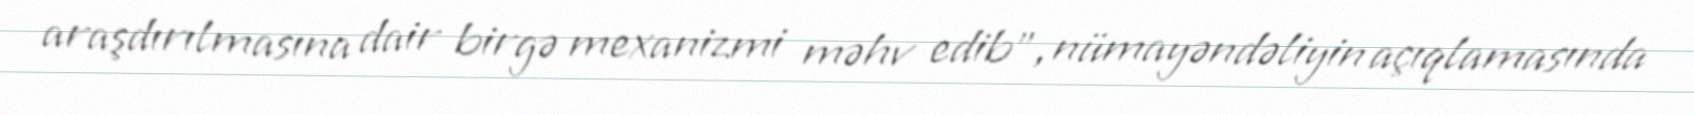
araşdırılmasına dair birgə mexanizmi məhv edib”, nümayəndəliyin açıqlamasında